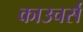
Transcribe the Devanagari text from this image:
काउचर्स